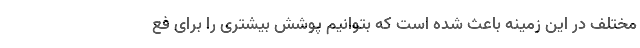
مختلف در این زمینه باعث شده است که بتوانیم پوشش بیشتری را برای فع